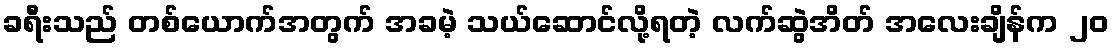
ခရီးသည် တစ်ယောက်အတွက် အခမဲ့ သယ်ဆောင်လို့ရတဲ့ လက်ဆွဲအိတ် အလေးချိန်က ၂၀